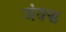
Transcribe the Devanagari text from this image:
जंक्स